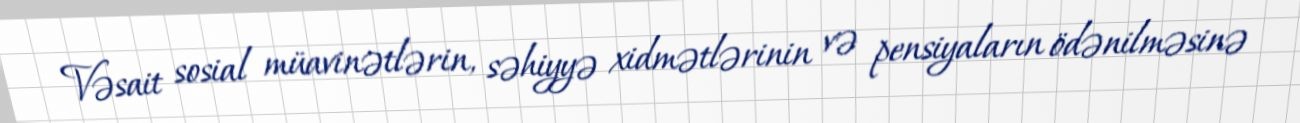
Vəsait sosial müavinətlərin, səhiyyə xidmətlərinin və pensiyaların ödənilməsinə